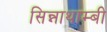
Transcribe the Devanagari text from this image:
सिन्नाथाम्बी